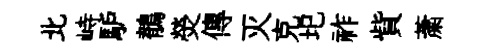
北峙馿鶺熒傳灭克圯祚貲䔥